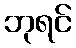
ဘုရင်